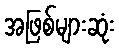
အဖြစ်များဆုံး